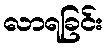
လာရခြင်း